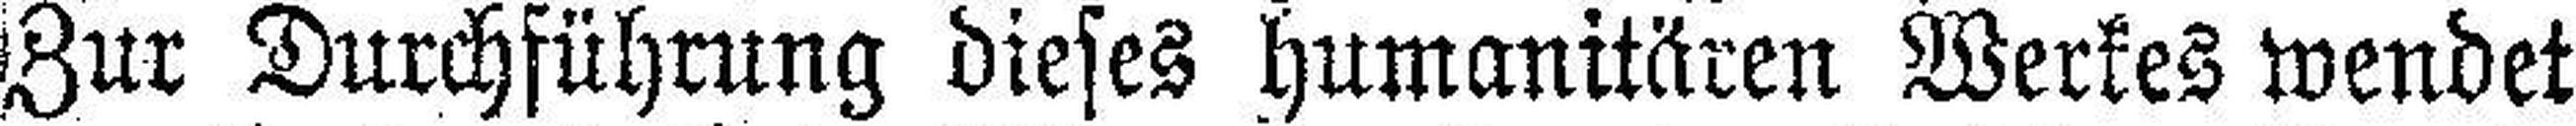
Zur Durchführung dieses Humanitären Werkes wendet